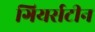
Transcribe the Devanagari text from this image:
गियर्सटीन